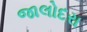
જાલોદરા